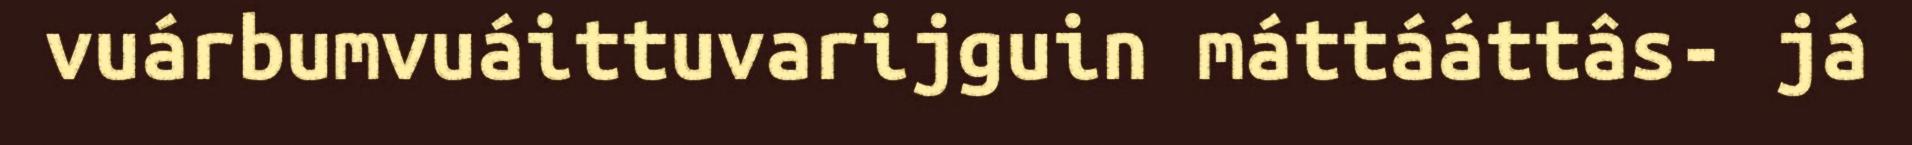
vuárbumvuáittuvarijguin máttááttâs- já